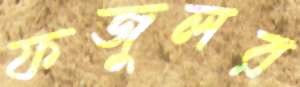
ফজুলর